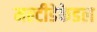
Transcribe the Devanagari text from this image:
मल्टीडेकेडल